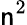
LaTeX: \mathsf{n}^{2}